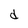
Character: d